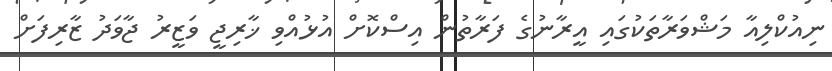
ނިއުކްލިއާ މަޝްވަރާތަކުގައި އީރާނުގެ ފަރާތުން އިސްކޮށް އުޅުއްވި ޚާރިޖީ ވަޒީރު ޖާވަދު ޒާރިފަށް